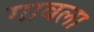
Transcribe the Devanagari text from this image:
गावला